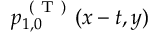
p _ { 1 , 0 } ^ { \mathrm { ~ ( ~ T ~ ) ~ } } ( x - t , y )